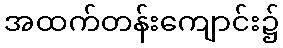
အထက်တန်းကျောင်း၌